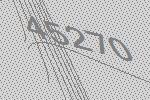
45270